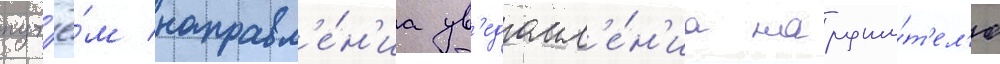
пут'ё́м направл'е́н'иа ув'едомл'е́н'иа наруши́т'ел'ю